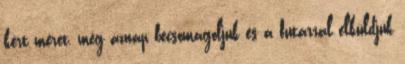
kért méret, még aznap becsomagoljuk és a futárral elküldjük